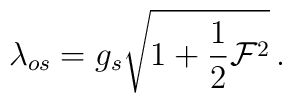
\lambda_{os} = g_s \sqrt{{1+{1\over2}{\cal F}^2}} \, .